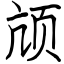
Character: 颃